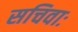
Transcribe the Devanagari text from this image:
सचिवाः